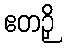
ဧတဉှိ